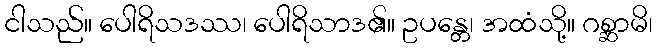
ငါသည်။ ပေါရိသဒဿ၊ ပေါရိသာဒ၏။ ဥပန္တေ၊ အထံသို့။ ဂစ္ဆာမိ၊